Veterinary [1909] -
Year: 1909
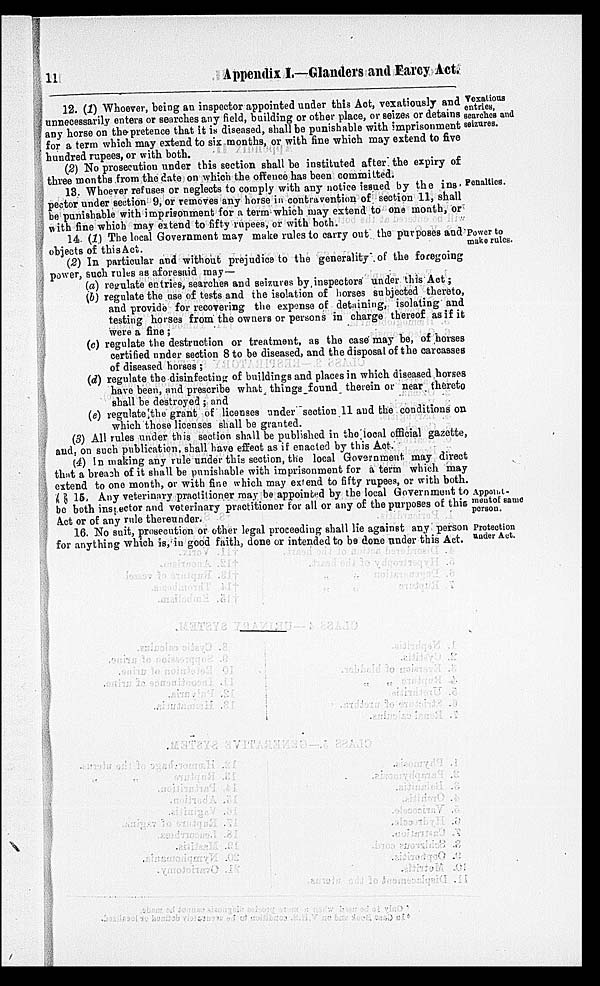
11
Appendix I.—Glanders and Farcy Act.
Vexatious
entries,
searches and
seizures.
12. (1) Whoever, being an inspector appointed under this Act, vexatiously and
unnecessarily enters or searches any field, building or other place, or seizes or detains
any horse on the pretence that it is diseased, shall be punishable with imprisonment
for a term which may extend to six months, or with fine which may extend to five
hundred rupees, or with both.
(2) No prosecution under this section shall be instituted after the expiry of
three months from the date on which the offence has been committed.
Penalties.
13. Whoever refuses or neglects to comply with any notice issued by the ins-
pector under section 9, or removes any horse in contravention of section 11, shall
be punishable with imprisonment for a term which may extend to one month, or
with fine which may extend to fifty rupees, or with both.
Power to
make rules.
14. (1) The local Government may make rules to carry out the purposes and
objects of this Act.
(2) In particular and without prejudice to the generality of the foregoing
power, such rules as aforesaid may—
(a) regulate entries, searches and seizures by inspectors under this Act;
(b) regulate the use of tests and the isolation of horses subjected thereto,
and provide for recovering the expense of detaining, isolating and
testing horses from the owners or persons in charge thereof as if it
were a fine;
(c) regulate the destruction or treatment, as the case may be, of horses
certified under section 8 to be diseased, and the disposal of the carcasses
of diseased horses ;
(d) regulate the disinfecting of buildings and places in which diseased horses
have been, and prescribe what things found therein or near thereto
shall be destroyed ; and
(e) regulate the grant of licenses under section 11 and the conditions on
which those licenses shall be granted.
(3) All rules under this section shall be published in the local official gazette,
and, on such publication, shall have effect as if enacted by this Act.
(4) In making any rule under this section, the local Government may direct
that a breach of it shall be punishable with imprisonment for a term which may
extend to one month, or with fine which may extend to fifty rupees, or with both.
Appoint¬
ment of same
person.
15. Any veterinary practitioner may be appointed by the local Government to
be both inspector and veterinary practitioner for all or any of the purposes of this
Act or of any rule thereunder.
Protection
under Act.
16. No suit, prosecution or other legal proceeding shall lie against any person
for anything which is, in good faith, done or intended to be done under this Act.